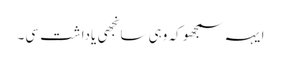
ایہہ سمجھو کہ وہی سانجھی یاداشت سی۔